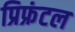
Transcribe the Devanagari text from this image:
प्रिफ्रंटल